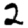
Digit: 2